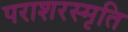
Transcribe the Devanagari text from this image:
पराशरस्मृति